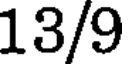
13/9